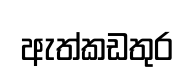
ඇත්කඩතුර